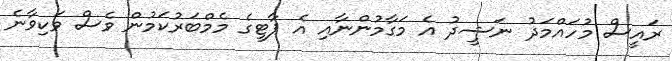
ރައީސް މުހައްމަދު ނަޝީދު އެ މަގާމުންނާއި އެ ޕާޓީގެ މެމްބަރުކަމުން ވެސް ވަކިވާނެ